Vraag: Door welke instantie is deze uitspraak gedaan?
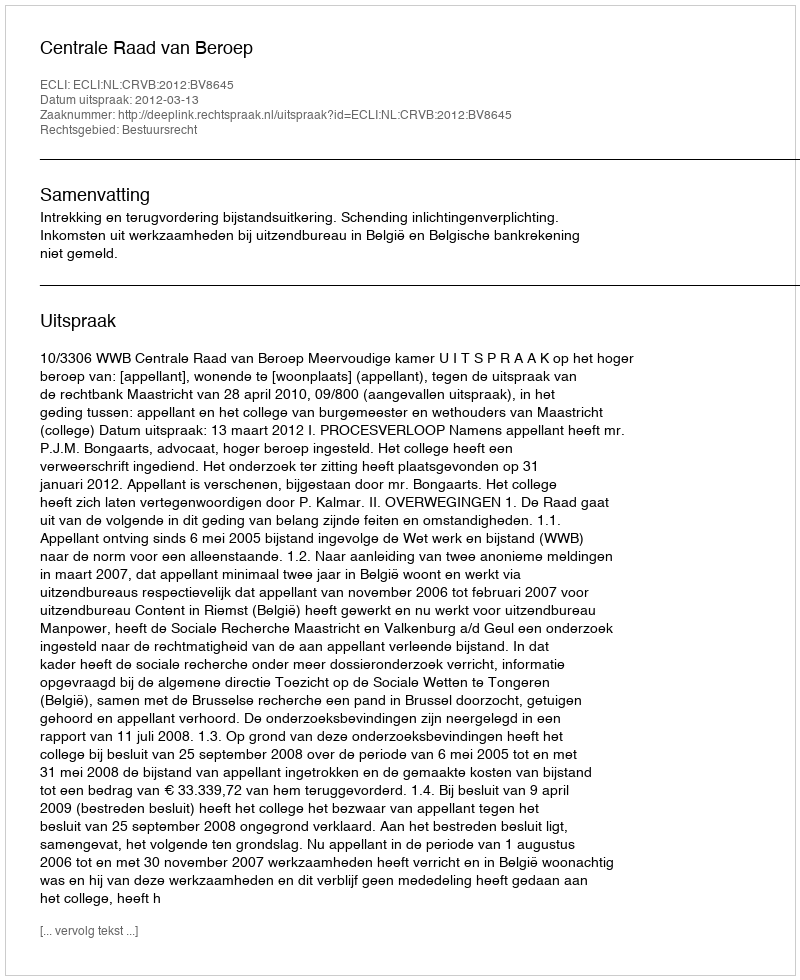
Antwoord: Centrale Raad van Beroep